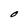
Character: O